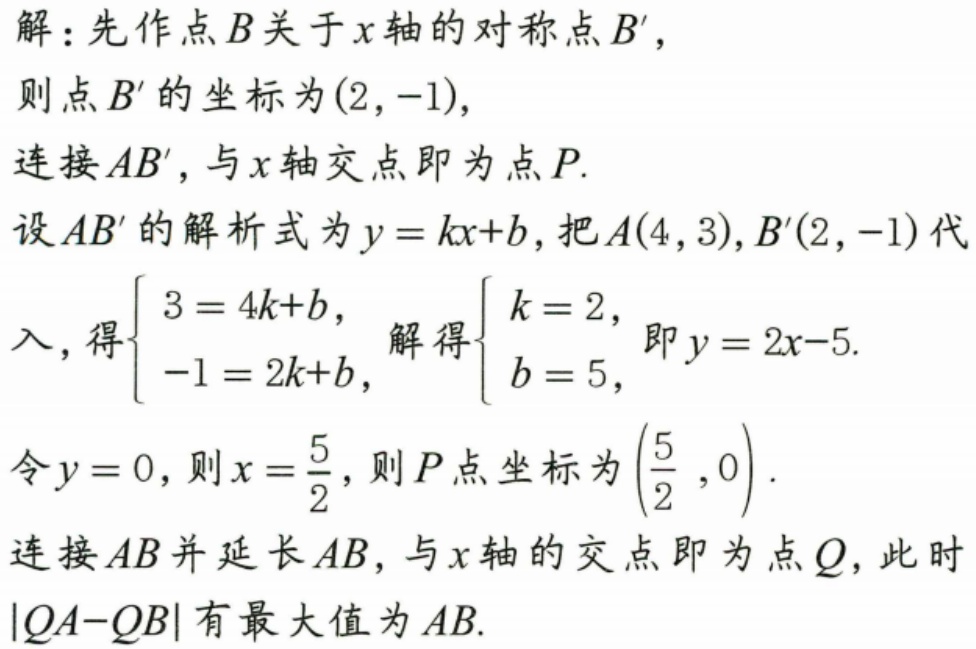
解：先作点\(B\)关于\(x\)轴的对称点\(B'\)，
则点\(B'\)的坐标为\((2,-1)\)，
连接\(AB'\)，与\(x\)轴交点即为点\(P\).
设\(AB'\)的解析式为\(y = kx + b\)，把\(A(4,3)\)，\(B'(2,-1)\)代入，得\(\begin{cases}3 = 4k + b,\\-1 = 2k + b,\end{cases}\)解得\(\begin{cases}k = 2,\\b = -5,\end{cases}\)即\(y = 2x - 5\).
令\(y = 0\)，则\(x = \dfrac{5}{2}\)，则\(P\)点坐标为\((\dfrac{5}{2},0)\).
连接\(AB\)并延长\(AB\)，与\(x\)轴的交点即为点\(Q\)，此时\(\vert QA - QB\vert\)有最大值为\(AB\).